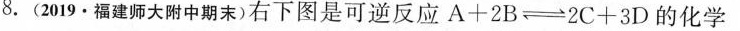
8.(2019·福建师大附中期末)右下图是可逆反应A + 2B \rightleftharpoons